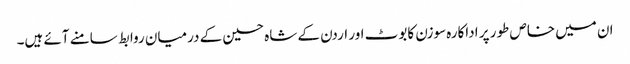
ان میں خاص طور پر اداکارہ سوزن کابوٹ اور اردن کے شاہ حسین کے درمیان روابط سامنے آئے ہیں۔